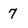
Character: 7